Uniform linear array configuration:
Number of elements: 32
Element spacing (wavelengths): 1
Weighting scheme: hamming
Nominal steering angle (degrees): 15
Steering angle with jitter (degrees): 14.91
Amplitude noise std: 0.05
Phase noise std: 0.05

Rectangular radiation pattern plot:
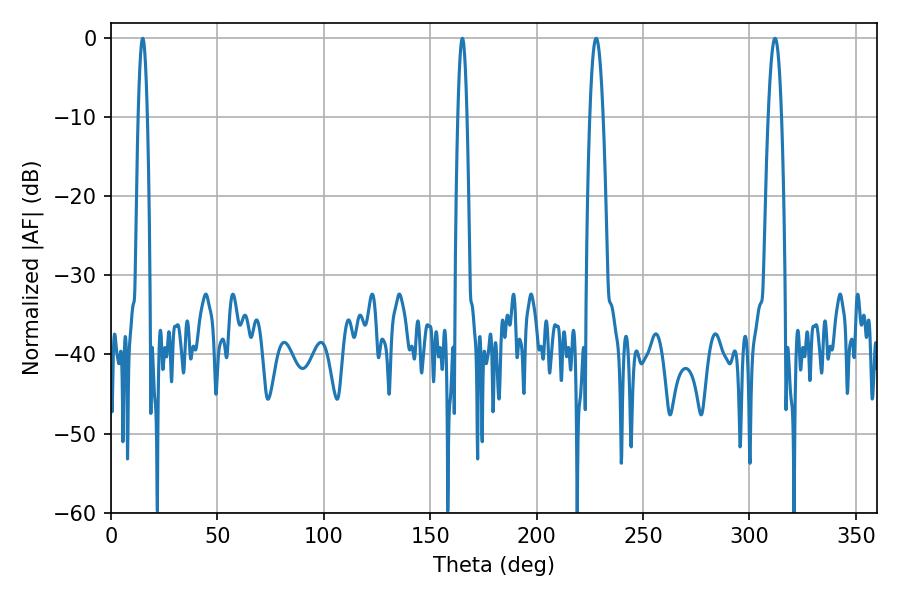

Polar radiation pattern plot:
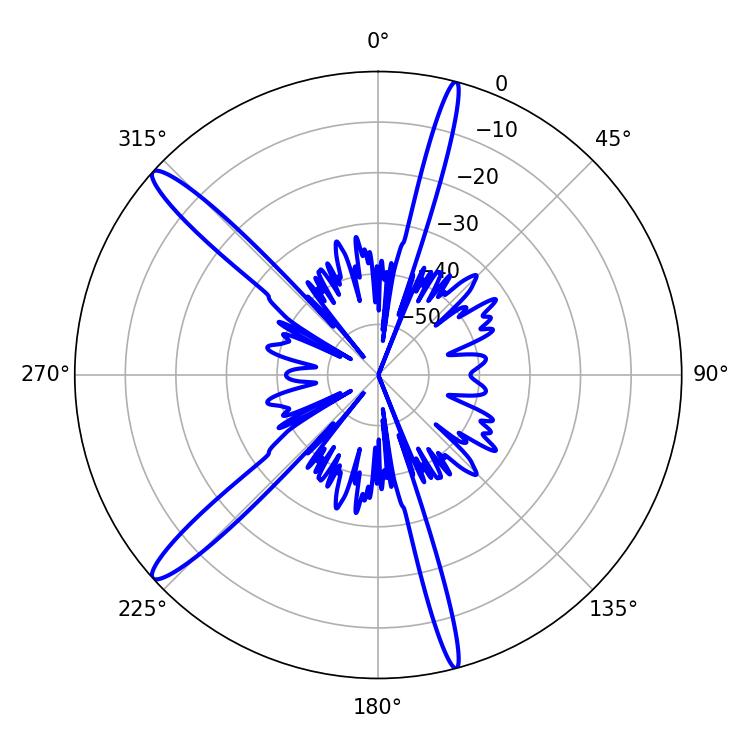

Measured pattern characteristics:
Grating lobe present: TRUE
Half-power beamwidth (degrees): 2.34
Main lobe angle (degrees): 14.94